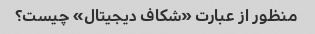
منظور از عبارت «شکاف دیجیتال» چیست؟